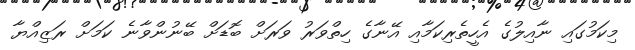
މިކަމުގައި ނާއިލުގެ އެހީތެރިކަމާއި އޭނާގެ ހިތްވަރު ވަރަށް ބޮޑަށް ބޭނުންވާނެ ކަމަށް ރަޒިއްޔާ